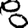
Digit: 8